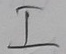
Text: I